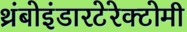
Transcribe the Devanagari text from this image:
थ्रंबोइंडारटेरेक्टोमी